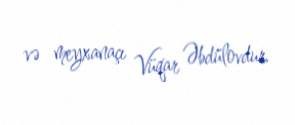
və meyxanaçı Vüqar Əbdülovdur.